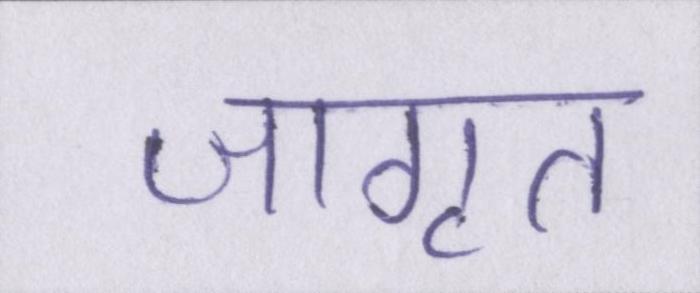
जागृत